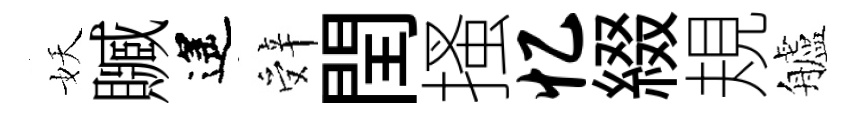
妖贓遙辤閏搔忆綴規艫